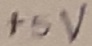
Text: +5V